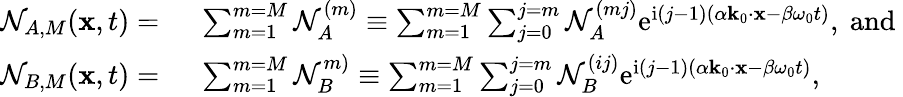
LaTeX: \begin{array}{rl}{\mathcal{N}_{A,M}(\mathbf{x},t)=~}&{\sum_{m=1}^{m=M}\mathcal{N}_{A}^{(m)}\equiv\sum_{m=1}^{m=M}\sum_{j=0}^{j=m}\mathcal{N}_{A}^{(mj)}\mathrm{e}^{\mathrm{i}(j-1)(\alpha\mathbf{k}_{0}\cdot\mathbf{x}-\beta\omega_{0}t)},~\mathrm{and}~}\\ {\mathcal{N}_{B,M}(\mathbf{x},t)=~}&{\sum_{m=1}^{m=M}\mathcal{N}_{B}^{m)}\equiv\sum_{m=1}^{m=M}\sum_{j=0}^{j=m}\mathcal{N}_{B}^{(ij)}\mathrm{e}^{\mathrm{i}(j-1)(\alpha\mathbf{k}_{0}\cdot\mathbf{x}-\beta\omega_{0}t)},}\end{array}